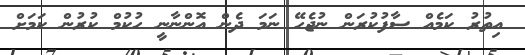
އިތުރު ކަމެއް ސާފުކުރަން ނުޖެހޭ ނަމަ ދެން އޮންނާނީ ހުކުމް ކުރުން ކަމަށް